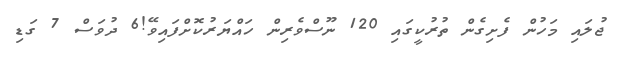
ޖުލައި މަހުން ފެށިގެން ތުރުކީގައި 120 ނޫސްވެރިން ހައްޔަރުކޮށްފައިވޭ!6 ދުވަސް 7 ގަޑި